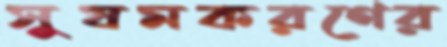
সুষমকরণের